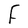
Character: F